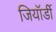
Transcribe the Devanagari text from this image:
जियॉर्डी